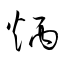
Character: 炳